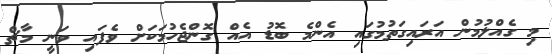
މި ގެއްލުމުން އަރައިގަތުމުގައި އެންމެ ބޮޑު އެއް ގޮންޖެހުމަކަށް ވެފައި ވަނީ މާޗް